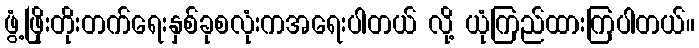
ဖွံ့ဖြိုးတိုးတက်ရေးနှစ်ခုစလုံးကအရေးပါတယ် လို့ ယုံကြည်ထားကြပါတယ်။